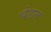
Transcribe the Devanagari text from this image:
चेडल